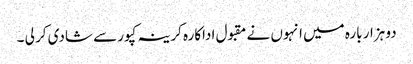
دو ہزار بارہ میں انہوں نے مقبول اداکارہ کرینہ کپور سے شادی کر لی ۔